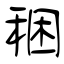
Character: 稇